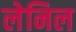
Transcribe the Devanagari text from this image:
लेनिल